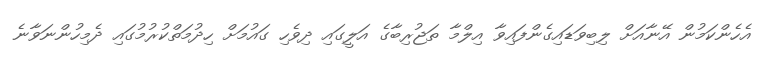
އެހެންކަމުން އޭނާއަށް ލިބިވަޑައިގެންފައިވާ އިލްމާ ތަޖުރިބާގެ އަލީގައި ދިވެހި ގައުމަށް ހިދުމަތްކުރުމުގައި ދެމިހުންނަވާނެ